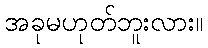
အခုမဟုတ်ဘူးလား။